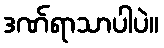
ဒဏ်ရာသာပါပဲ။